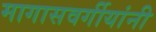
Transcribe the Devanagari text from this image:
मागासवर्गीयांनी